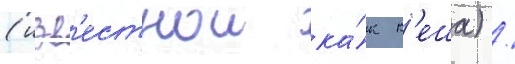
(изв'естнои ка́к к'еша) /